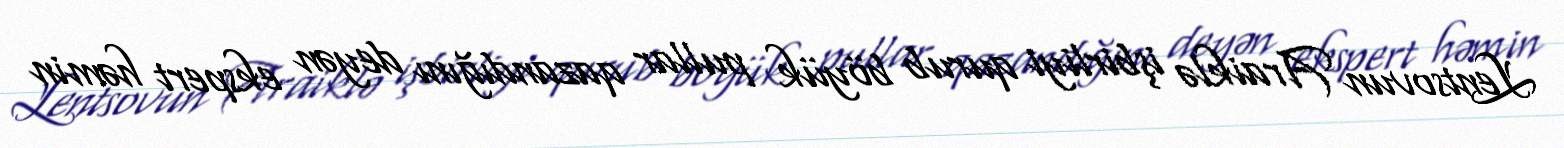
Lentsovun Araiklə işbirliyi qurub böyük pullar qazandığını deyən ekspert həmin